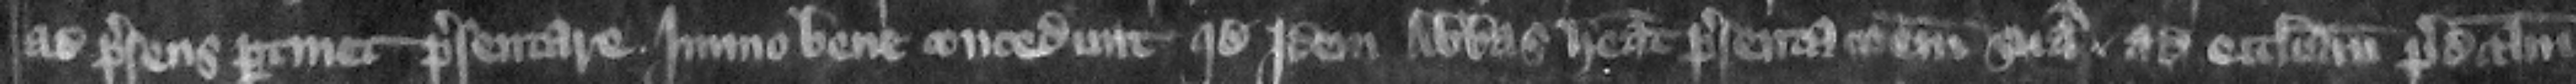
ad presens pertinet presentare. immo bene concedunt quod idem abbas habeat presentacionem suam ad ecclesiam predictam